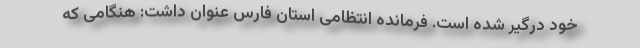
خود درگیر شده است. فرمانده انتظامی استان فارس عنوان داشت: هنگامی که